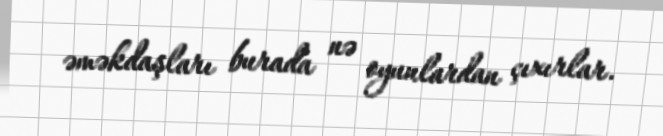
əməkdaşları burada nə oyunlardan çıxırlar.